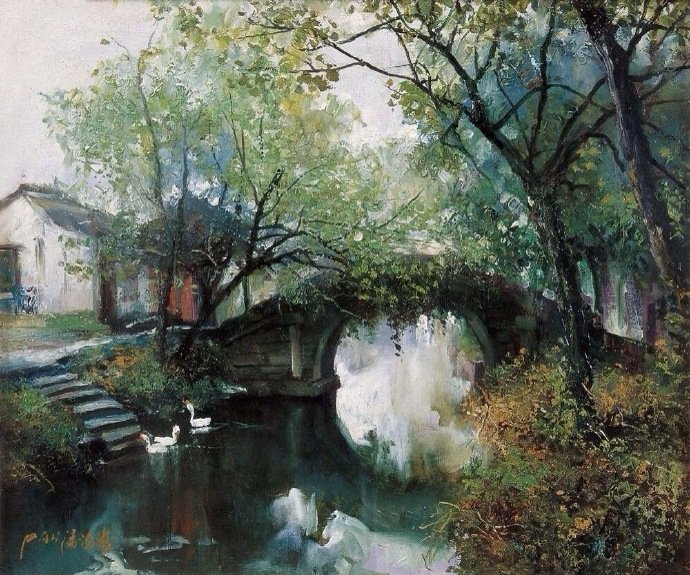
烟柳画桥，风帘翠幕，参差十万人家。